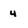
Character: 4